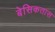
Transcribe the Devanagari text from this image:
बेसिकतास